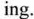
ing.